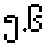
၅.၆